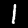
Label: 1